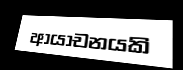
ආයාචනයකි